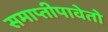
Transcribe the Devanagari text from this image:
समाप्तीपावेतो